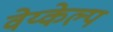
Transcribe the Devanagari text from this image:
वेय्केल्प